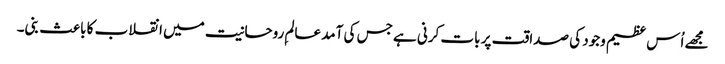
مجھے اُس عظیم وجود کی صداقت پر بات کرنی ہے جس کی آمد عالمِ روحانیت میں انقلاب کا باعث بنی۔